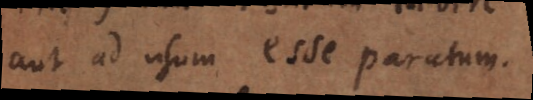
aut ad usum esse paratum.